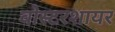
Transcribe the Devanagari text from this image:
वोस्टरशायर